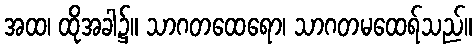
အထ၊ ထိုအခါ၌။ သာဂတထေရော၊ သာဂတမထေရ်သည်။